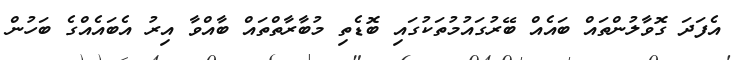
އެފަދަ ގޮވާލުންތައް ބައެއް ބޭރުގައުމުތަކުގައި ބޮޑެތި މުބާރާތްތައް ބާއްވާ އިރު އެބައެއްގެ ބަހުން